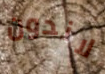
لاندون